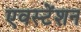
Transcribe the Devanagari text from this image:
एवस्टेंशन